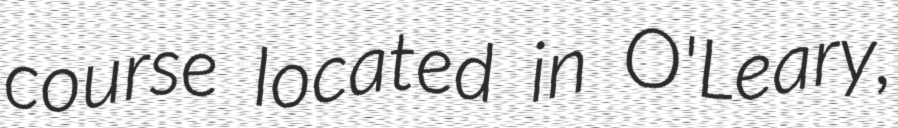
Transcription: course located in O'Leary,